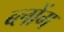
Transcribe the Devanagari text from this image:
ब्लोंग